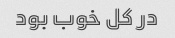
در کل خوب بود